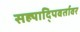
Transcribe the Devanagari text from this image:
सह्यादि्पवर्तावर